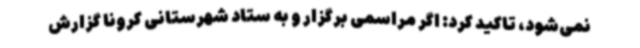
نمی‌شود، تاکید کرد: اگر مراسمی برگزار و به ستاد شهرستانی کرونا گزارش